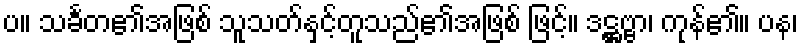
ပ။ သင်္ခတ၏အဖြစ် သူသတ်နှင့်တူသည်၏အဖြစ် ဖြင့်။ ဒဋ္ဌဗ္ဗာ၊ ကုန်၏။ ပန၊